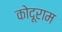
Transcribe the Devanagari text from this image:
कोदूराम